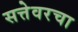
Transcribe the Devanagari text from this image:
सत्तेवरचा